65_HS1-834228961_62-HQ-83894_Serial_164
Agency: FBI
Page 37
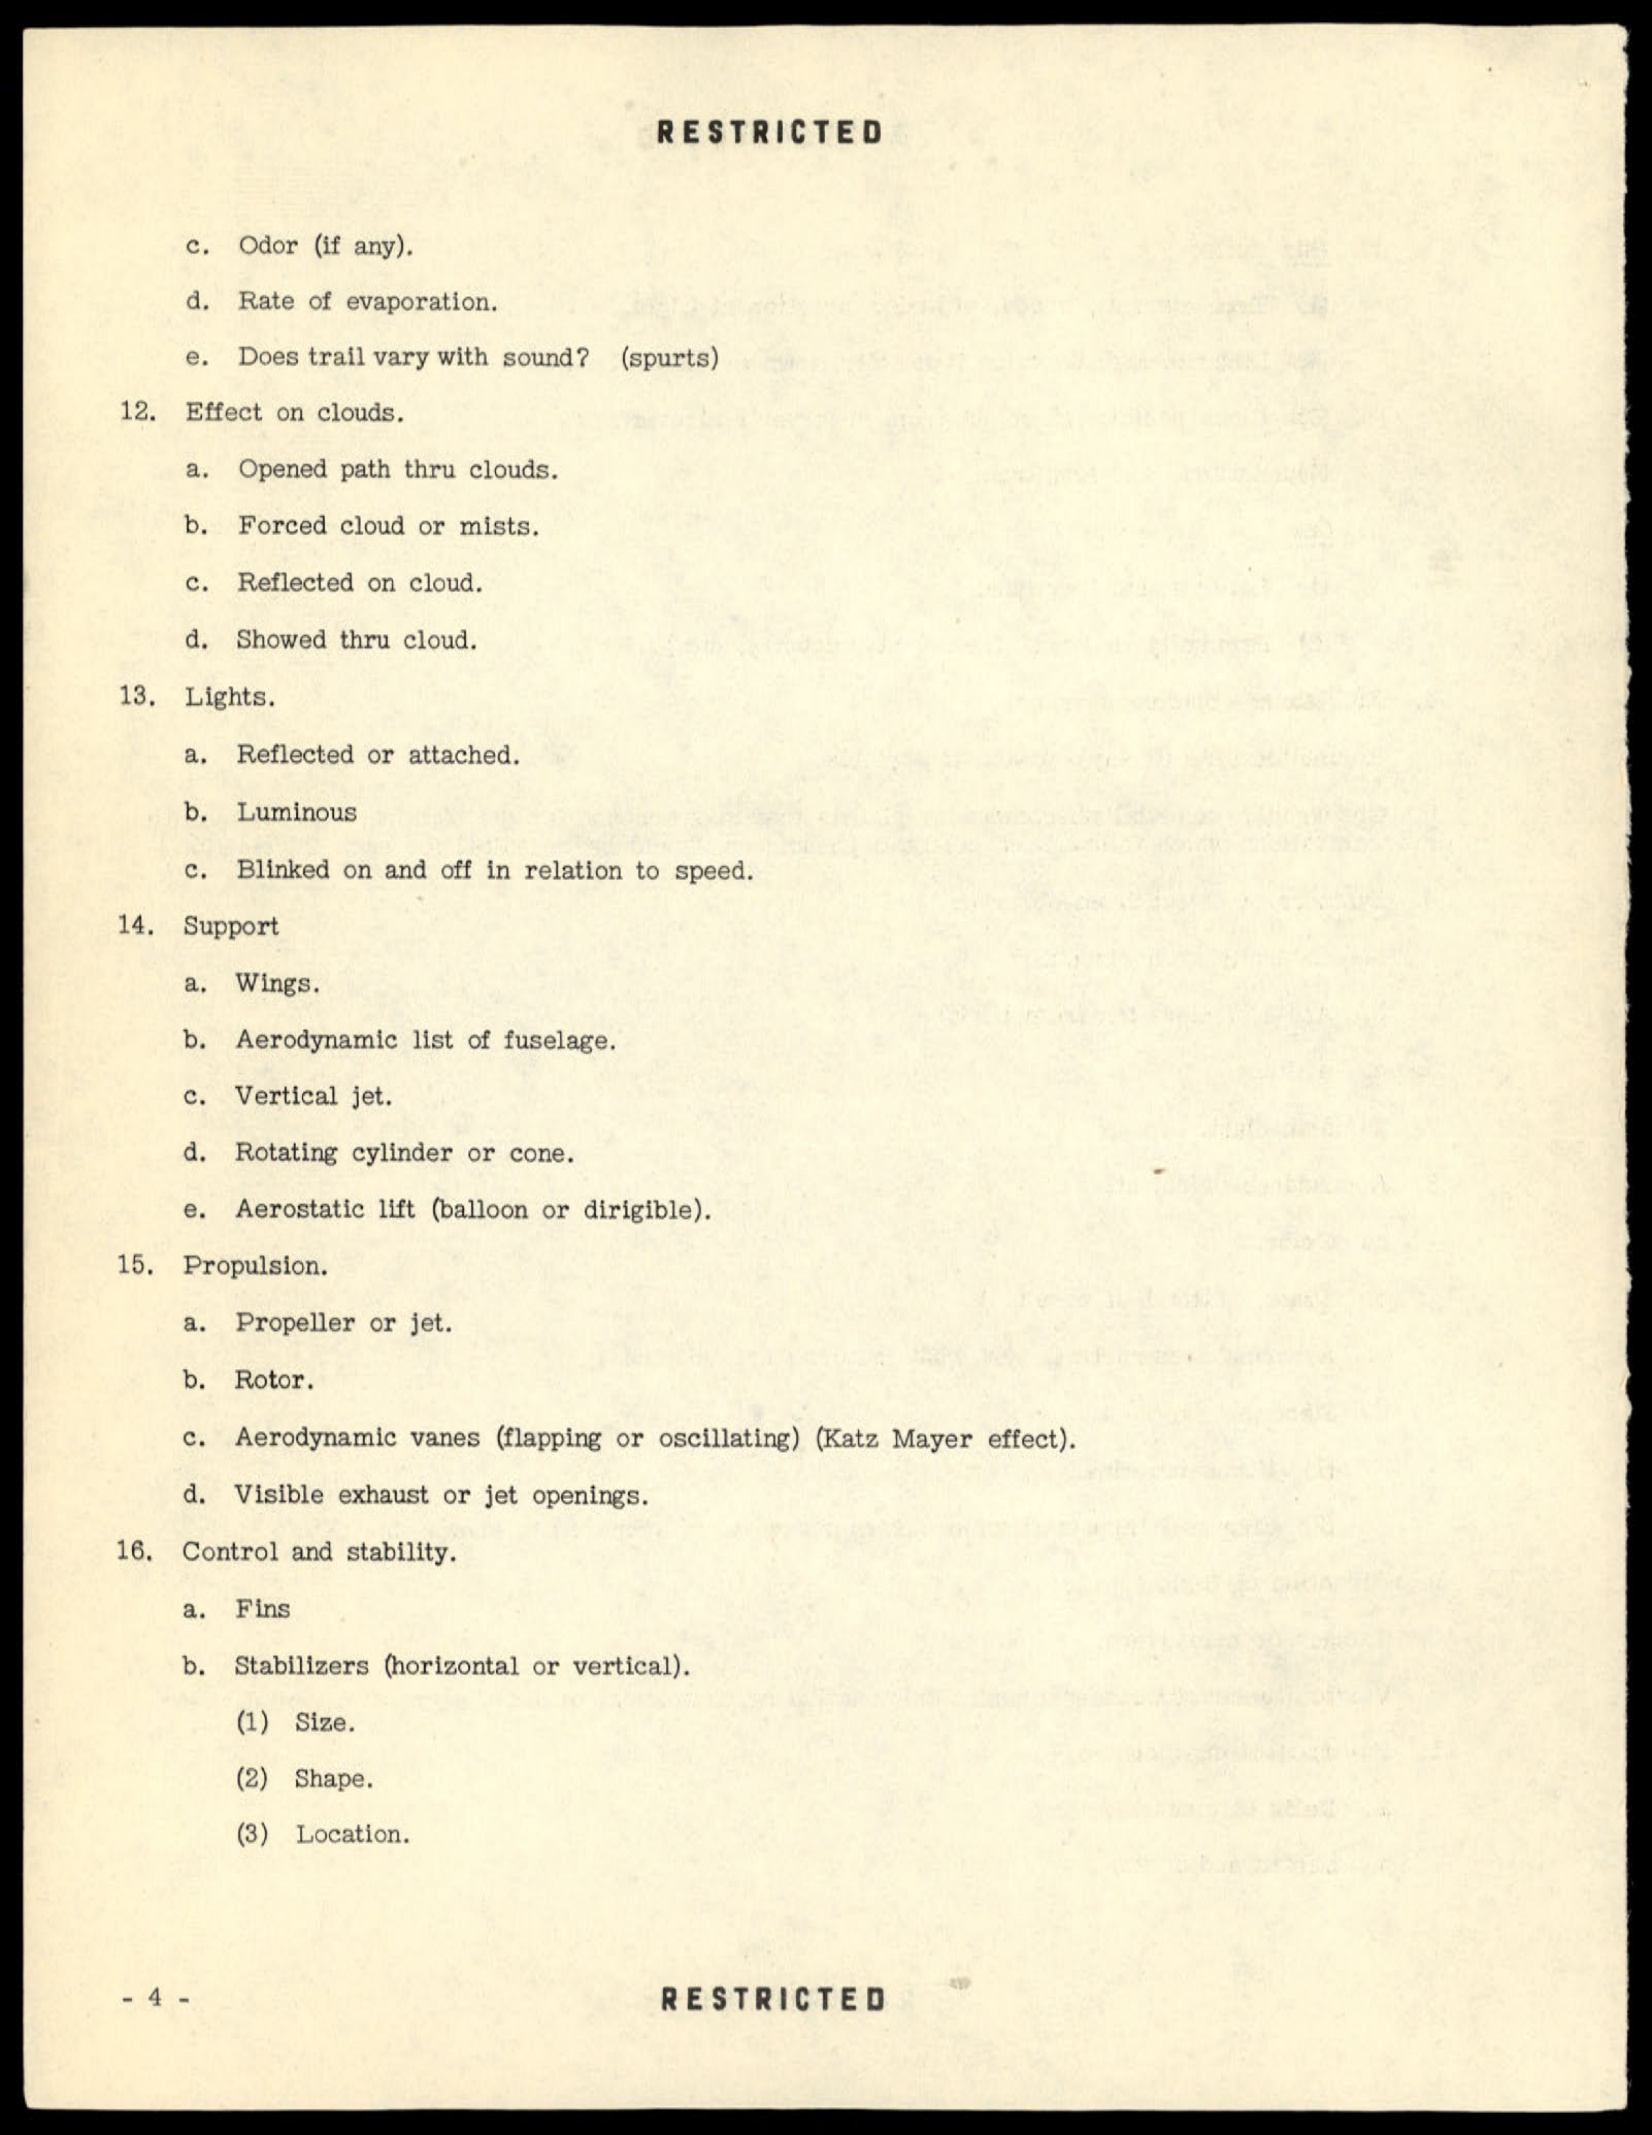